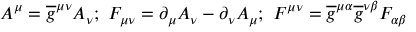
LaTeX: A ^ { \mu } = \overline { { { g } } } ^ { \mu \nu } A _ { \nu } ; \ F _ { \mu \nu } = \partial _ { \mu } A _ { \nu } - \partial _ { \nu } A _ { \mu } ; \ F ^ { \mu \nu } = \overline { { { g } } } ^ { \mu \alpha } \overline { { { g } } } ^ { \nu \beta } F _ { \alpha \beta }